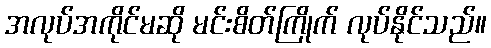
အလုပ်အကိုင်မဆို မင်းစိတ်ကြိုက် လုပ်နိုင်သည်။